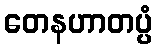
တေနဟာတပ္ပံ